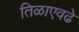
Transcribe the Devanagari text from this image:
तिळाएवढे